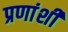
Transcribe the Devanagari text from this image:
प्रणांशी